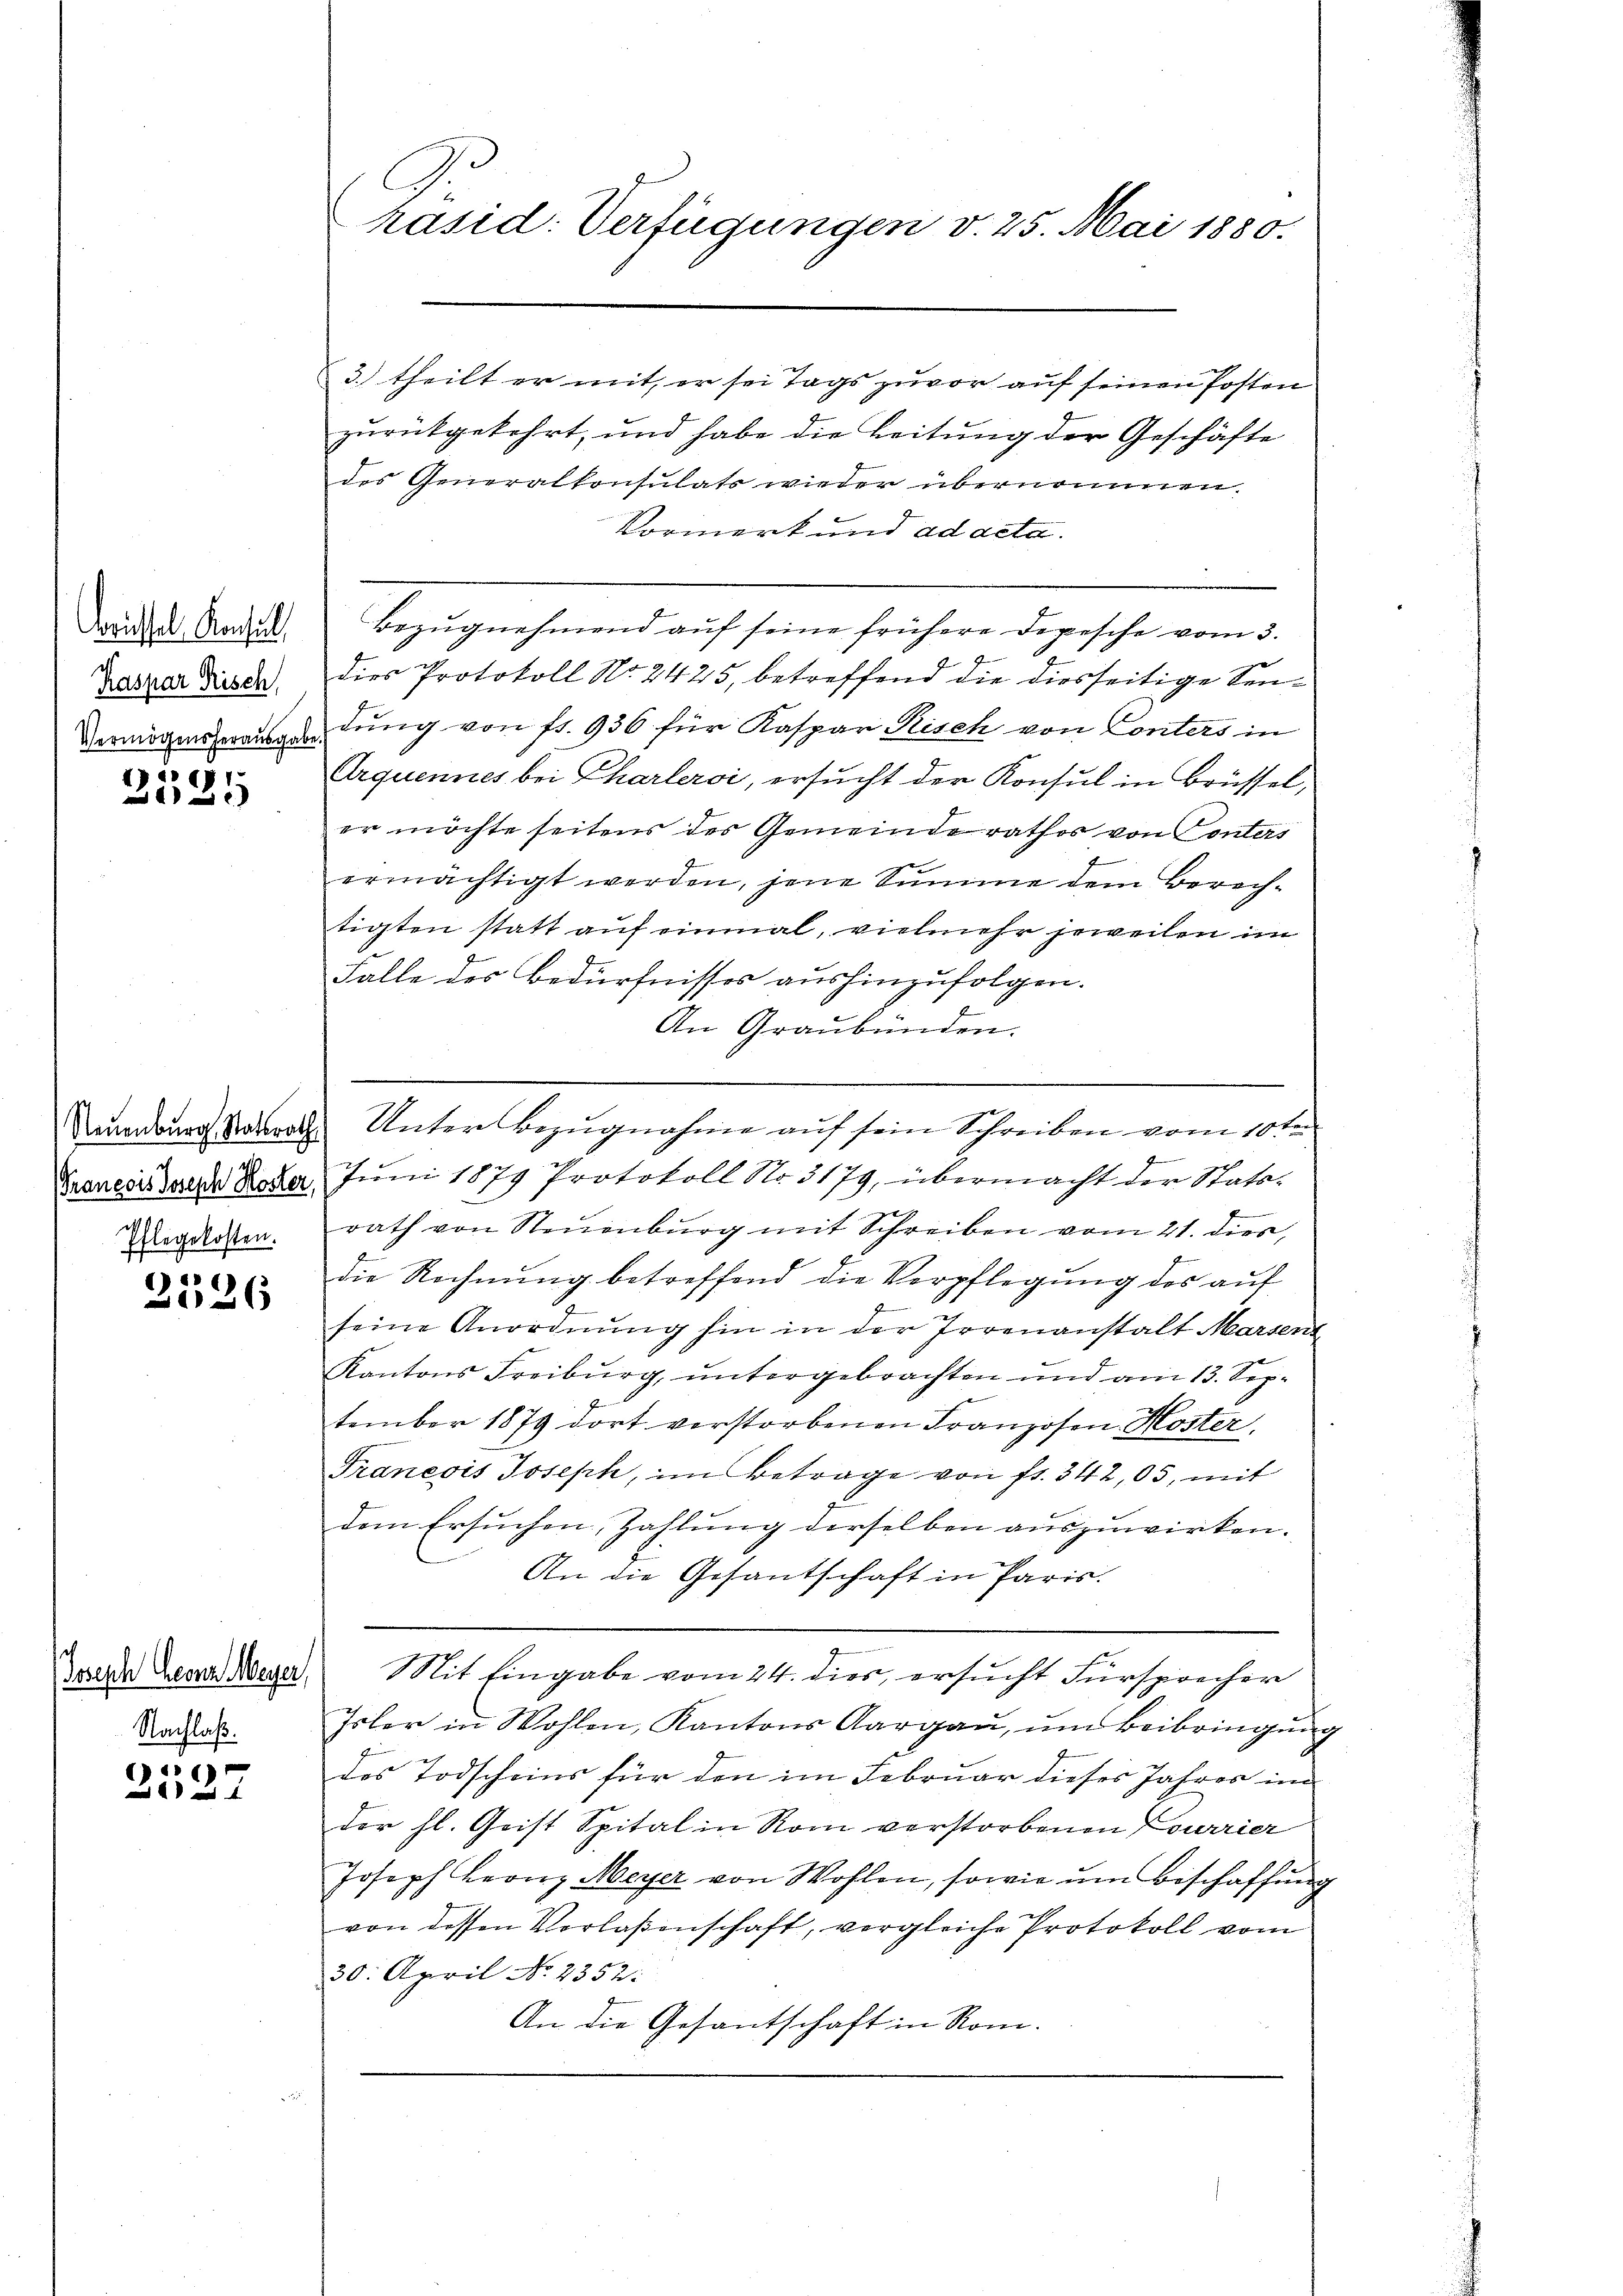
Brüssel. Konsul
Kaspar Frisch
Vermögensherausga

1761
x

1
Eflegekosten.

2526

Joseph Leonz Meyer,
Nachlaß.

6)

hasid. Verfügungen v. 25. Mai 1880.

3.) theilt er mit, er sei Tags zuvor auf seinen Posten
zurückgekehrt, und habe die Leitung der Geschäfte
des Generalkonsulats wieder übernommen.
Vormerk und ad deta
Bezŭgnehmend auf seine frühere Depesche vom 3.
.
dies Protokoll No. 2425, betreffend die diesseitige Sendŭng von fr. 936 für Kaspar Risch von Conters in
Arquennes bei Charlervi, ersucht der Konsul in Brüssel,
er möchte seitens des Gemeinde rathes von Conters
ermächtigt werden, jene Summe dem Berech-
tigsten statt auf einmal, vielmehr jeweilen im
Falle des Bedürfnisses aushinzufolgen.
An Graubünden.
Grones Seede Noter Juni 1879 Protokoll No 3179, übermacht der Statarath von Neuenburg mit Schreiben vom 21. dies,
die Rechnung betreffend die Verpflegung des auf
seine Anordnŭng hin in der Irrenanstalt Marsent
Kantons Freiburg, untergebrachten und am 13. September 1879 dort verstorbenen Franzosen Hoster,
Tranesis Joseph, im Betrage von fr. 342,05, mit
dem Ersuchen, Zahlung derselben auszuwirken.
An die Gesantschaft in Paris.
Mit Eingabe vom 24. dies, ersucht Fürsprecher
Isler in Wohlen, Kantons Aargaŭ, ŭm Beibringung
des Todscheins für den im Februar dieses Jahres in
der hl. Geist Spital in Rom verstorbenen Lourrier
Joseph Franz Meyer von Wohlen, sowie ŭm Beschaffŭng
von dessen Verlaßenschaft, vergleiche Protokoll vom
30. April No 2352:
An die Gesantschaft in Rom.

Naumburg Ratsrath Unter Bezugnahme auf sein Schreiben vom 10ten